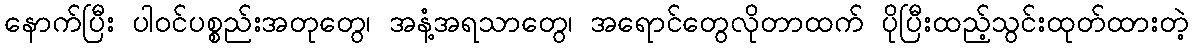
နောက်ပြီး ပါဝင်ပစ္စည်းအတုတွေ၊ အနံ့အရသာတွေ၊ အရောင်တွေလိုတာထက် ပိုပြီးထည့်သွင်းထုတ်ထားတဲ့